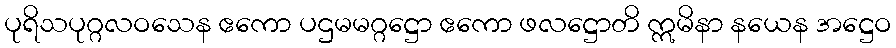
ပုရိသပုဂ္ဂလဝသေန ဧကော ပဌမမဂ္ဂဋ္ဌော ဧကော ဖလဋ္ဌောတိ ဣမိနာ နယေန အဋ္ဌေဝ